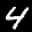
Label: 4